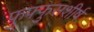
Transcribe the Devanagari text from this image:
फुफ्फुसशीर्ष